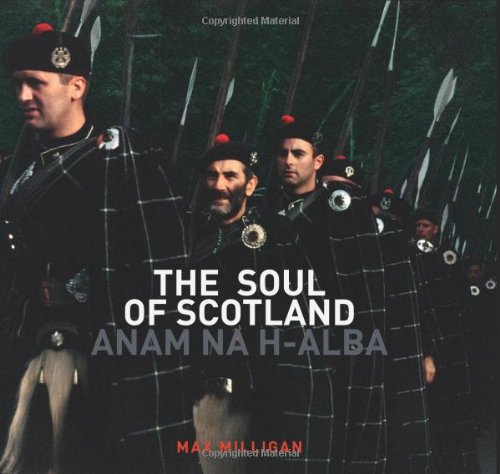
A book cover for The Soul of Scotland: Anam Na H-Alba; Max Milligan; Travel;